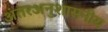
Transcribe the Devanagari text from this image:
अंतरअनुशासनीय